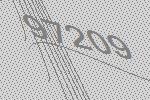
97209